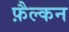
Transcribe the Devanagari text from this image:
फ़ैल्कन